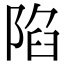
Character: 陷